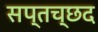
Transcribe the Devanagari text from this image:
सप्तच्छद